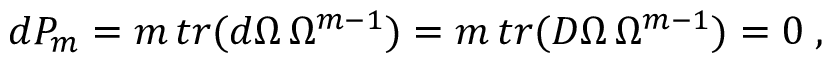
d P _ { m } = m \, t r ( d \Omega \, \Omega ^ { m - 1 } ) = m \, t r ( D \Omega \, \Omega ^ { m - 1 } ) = 0 \; ,